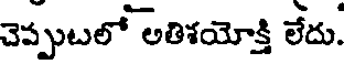
చెప్పుటలో అతిశయోక్తి లేదు.